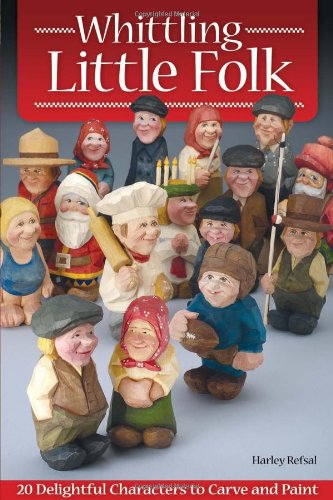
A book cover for Whittling Little Folk: 20 Delightful Characters to Carve and Paint; Harley Refsal; Crafts, Hobbies & Home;